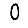
Digit: 0